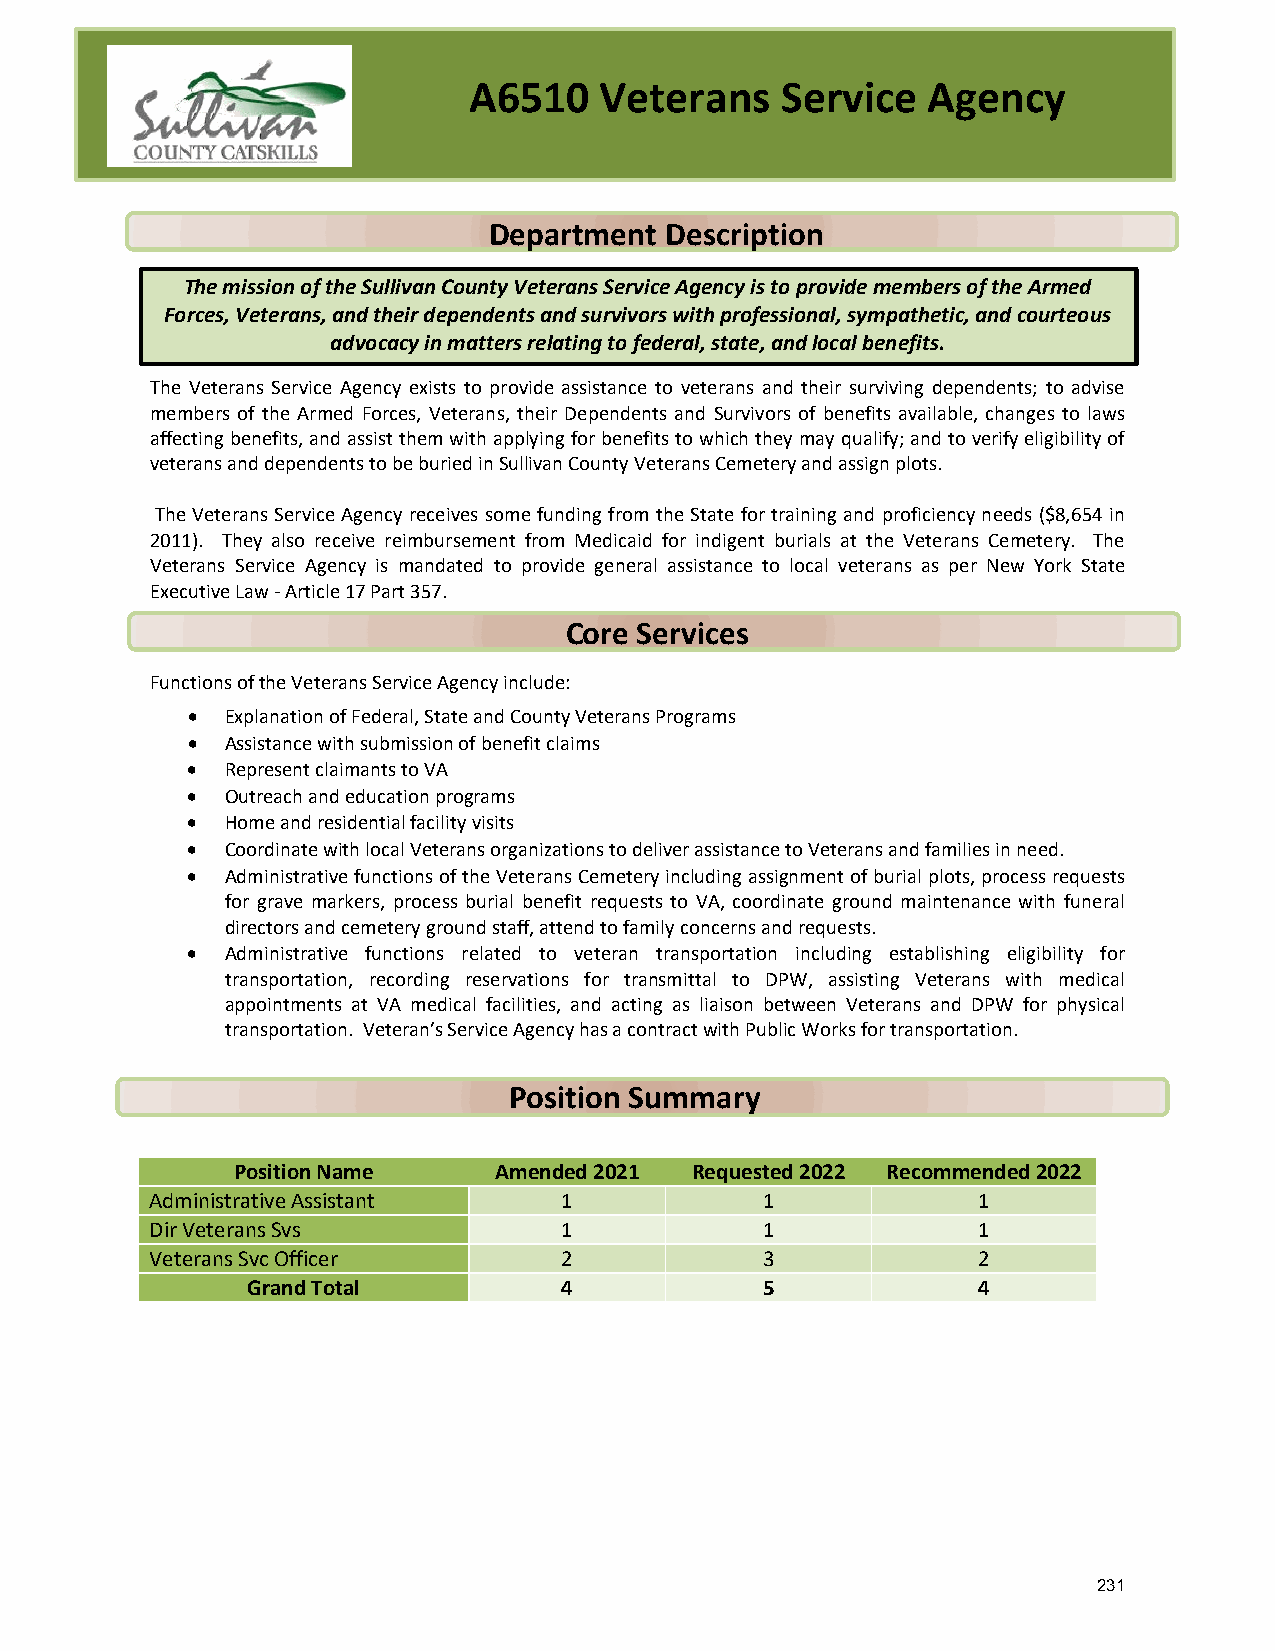
A6510    Veterans    Service  Agency
 Department  Description
 The mission of the Sullivan County Veterans Service Agency is to provide members of the Armed
 Forces, Veterans, and their dependents and survivors with professional, sympathetic, and courteous
 advocacy in matters relating to federal, state, and local benefits.
 The Veterans Service Agency exists to provide assistance to veterans and their surviving dependents; to advise
 members of the Armed Forces, Veterans, their Dependents and Survivors of benefits available, changes to laws
 affecting benefits, and assist them with applying for benefits to which they may qualify; and to verify eligibility of
 veterans and dependents to be buried in Sullivan County Veterans Cemetery and assign plots.
 The Veterans Service Agency receives some funding from the State for training and proficiency needs ($8,654 in
 2011). They also receive reimbursement from Medicaid for indigent burials at the Veterans Cemetery. The
 Veterans Service Agency is mandated to provide general assistance to local veterans as per New York State
 Executive Law - Article 17 Part 357.
 Core Services
 Functions of the Veterans Service Agency include:
 •  Explanation of Federal, State and County Veterans Programs
 •  Assistance with submission of benefit claims
 •  Represent claimants to VA
 •  Outreach and education programs
 •  Home and residential facility visits
 •  Coordinate with local Veterans organizations to deliver assistance to Veterans and families in need.
 •  Administrative functions of the Veterans Cemetery including assignment of burial plots, process requests
 for grave markers, process burial benefit requests to VA, coordinate ground maintenance with funeral
 directors and cemetery ground staff, attend to family concerns and requests.
 •  Administrative functions related to veteran transportation including establishing eligibility for
 transportation, recording reservations for transmittal to DPW, assisting Veterans with medical
 appointments at VA medical facilities, and acting as liaison between Veterans and DPW for physical
 transportation. Veteran’s Service Agency has a contract with Public Works for transportation.
 Position Summary
 Position Name     Amended 2021 Requested 2022 Recommended 2022
 Administrative Assistant   1            1              1
 Dir Veterans Svs           1            1              1
 Veterans Svc Officer       2            3              2
 Grand Total          4            5              4
 231